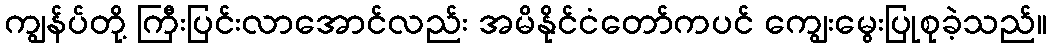
ကျွန်ပ်တို့ ကြီးပြင်းလာအောင်လည်း အမိနိုင်ငံတော်ကပင် ကျွေးမွေးပြုစုခဲ့သည်။